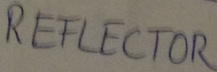
Text: REFLECTOR